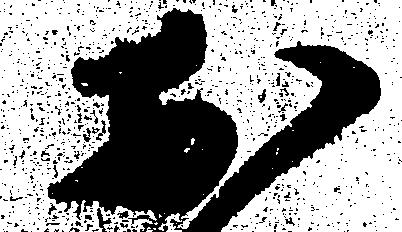
於